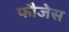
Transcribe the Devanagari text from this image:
फौजेस